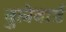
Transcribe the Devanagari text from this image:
वुलेवार्ड